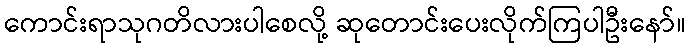
ကောင်းရာသုဂတိလားပါစေလို့ ဆုတောင်းပေးလိုက်ကြပါဦးနော်။